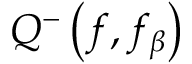
Q ^ { - } \left( f , f _ { \beta } \right)